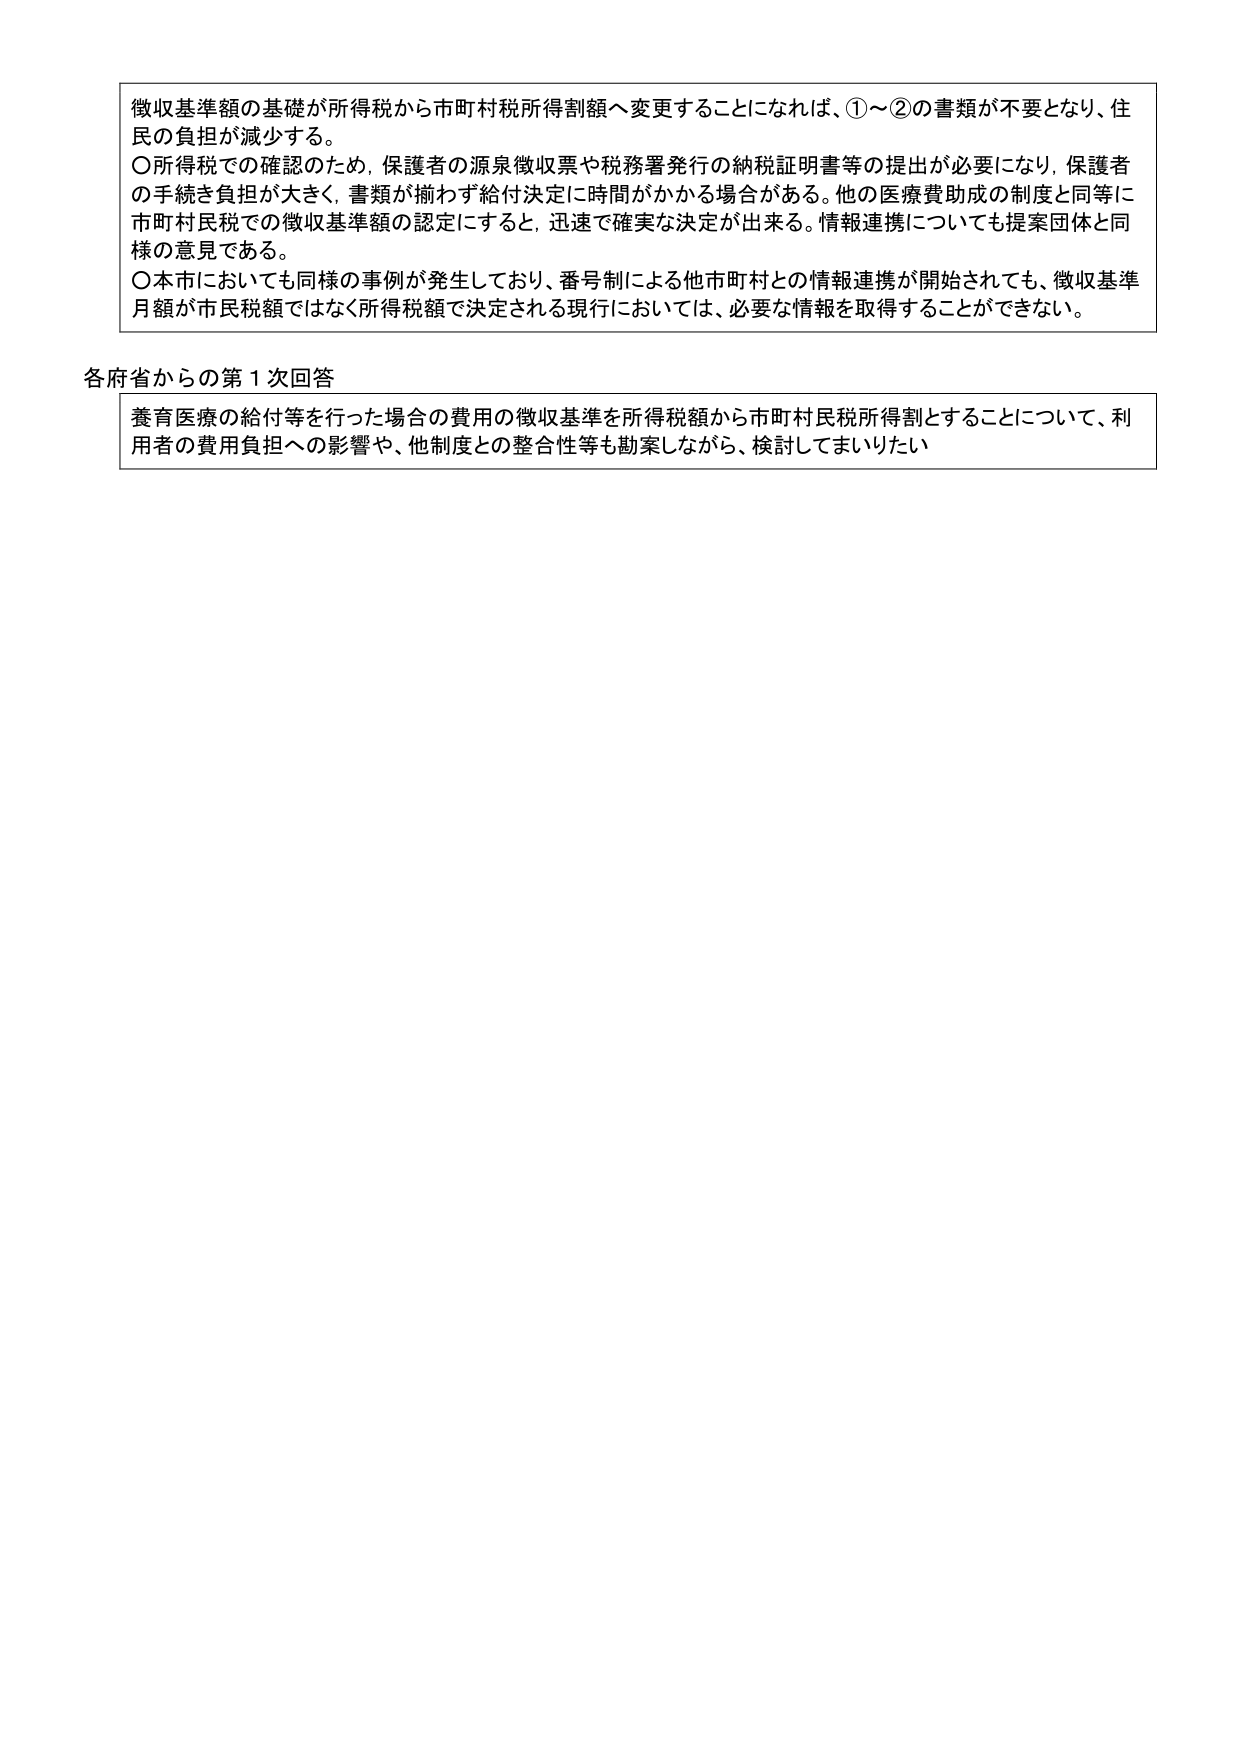
徴収基準額の基礎が所得税から市町村税所得割額へ変更することになれば、①～②の書類が不要となり、住民の負担が減少する。

○所得税での確認のため、保護者の源泉徴収票や税務署発行の納税証明書等の提出が必要になり、保護者の手続き負担が大きく、書類が揃わず給付決定に時間がかかる場合がある。他の医療費助成の制度と同等に市町村民税での徴収基準額の認定にすると、迅速で確実な決定が出来る。情報連携についても提案団体と同様の意見である。

○本市においても同様の事例が発生しており、番号制による他市町村との情報連携が開始されても、徴収基準月額が市民税額ではなく所得税額で決定される現行においては、必要な情報を取得することができない。

各府省からの第１次回答

養育医療の給付等を行った場合の費用の徴収基準を所得税額から市町村民税所得割とすることについて、利用者の費用負担への影響や、他制度との整合性等も勘案しながら、検討してまいりたい